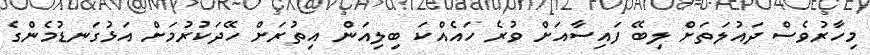
މިހާރުވެސް ދައުލަތަށް ލިބޭ ފައިސާއަށް ވުރެ ހައެއްކަ ބިލިއަން އިތުރަށް ހޭދަކުރުމަށް އަޅުގަނޑުމެންގެ